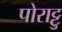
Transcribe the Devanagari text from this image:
पोराट्टु